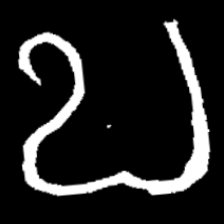
Pyu character \u2014 Myanmar letter: ဎ (romanized: ddha)